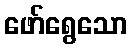
ဖော်ရွေသော